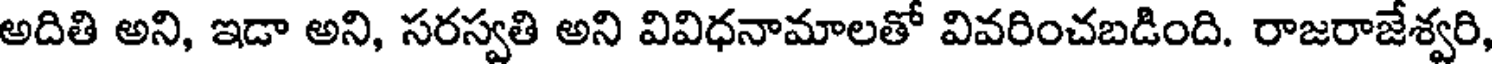
అదితి అని, ఇడా అని, సరస్వతి అని వివిధనామాలతో వివరించబడింది. రాజరాజేశ్వరి,